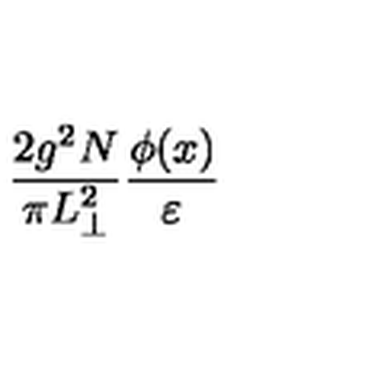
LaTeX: \frac { 2 g ^ { 2 } N } { \pi L _ { \perp } ^ { 2 } } \frac { \phi ( x ) } { \varepsilon }